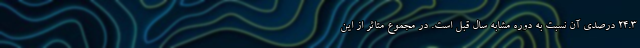
۲۴.۳ درصدی آن نسبت به دوره مشابه سال قبل است. در مجموع متاثر از این